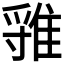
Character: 𨿐